Scottish Leaving Certificate Examination, 1952
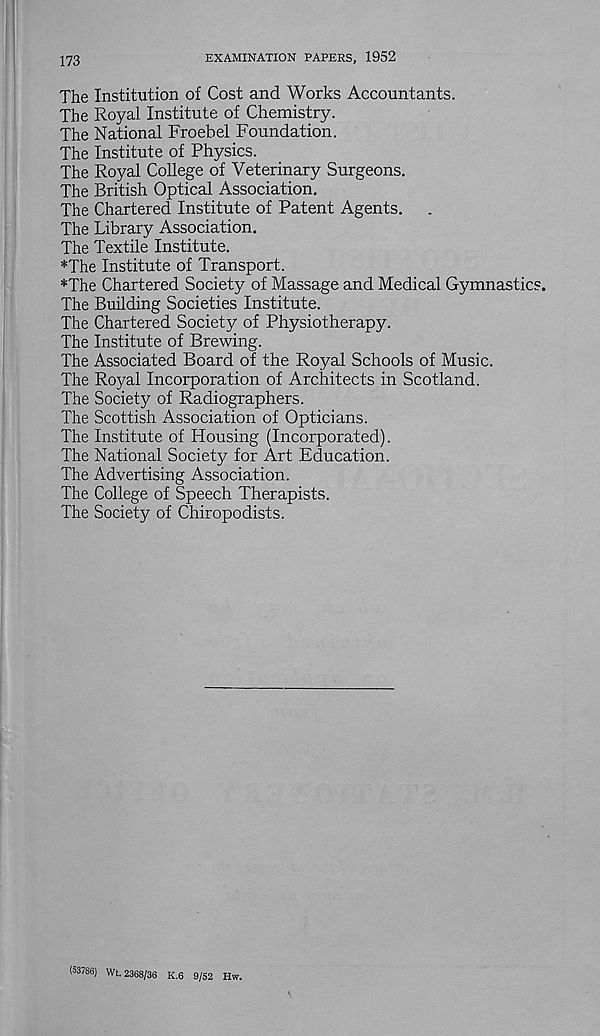
173
EXAMINATION PAPERS, 1952
The Institution of Cost and Works Accountants.
The Royal Institute of Chemistry.
The National Froebel Foundation.
The Institute of Physics.
The Royal College of Veterinary Surgeons.
The British Optical Association.
The Chartered Institute of Patent Agents.
The Library Association.
The Textile Institute.
*The Institute of Transport.
*The Chartered Society of Massage and Medical Gymnastics
The Building Societies Institute.
The Chartered Society of Physiotherapy.
The Institute of Brewing.
The Associated Board of the Royal Schools of Music.
The Royal Incorporation of Architects in Scotland.
The Society of Radiographers.
The Scottish Association of Opticians.
The Institute of Housing (Incorporated).
The National Society for Art Education.
The Advertising Association.
The College of Speech Therapists.
The Society of Chiropodists.
(53786) Wt. 2368/36 K.6 9/52 Hw.